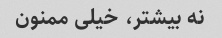
نه بیشتر، خیلی ممنون